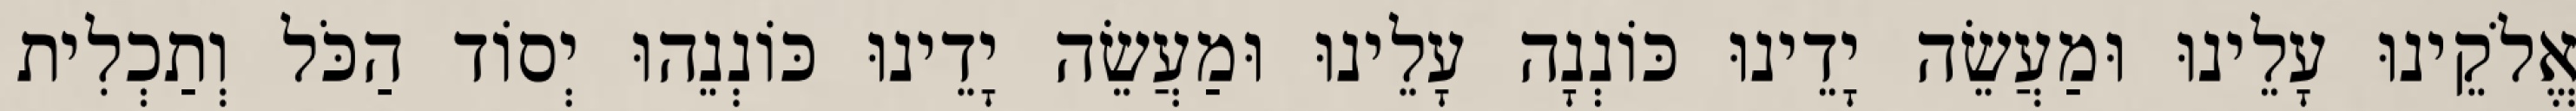
אֱלֹקֵינוּ עָלֵינוּ וּמַעֲשֵׂה יָדֵינוּ כּוֹנְנָה עָלֵינוּ וּמַעֲשֵׂה יָדֵינוּ כּוֹנְנֵהוּ יְסוֹד הַכֹּל וְתַכְלִית